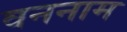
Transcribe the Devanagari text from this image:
वननाम